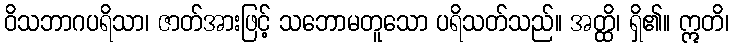
ဝိသဘာဂပရိသာ၊ ဇာတ်အားဖြင့် သဘောမတူသော ပရိသတ်သည်။ အတ္ထိ၊ ရှိ၏။ ဣတိ၊